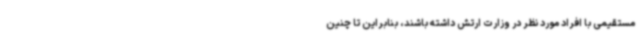
مستقیمی با افراد مورد نظر در وزارت ارتش داشته باشند، بنابراین تا چنین